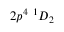
{ 2 p ^ { 4 } ~ ^ { 1 } D _ { 2 } }